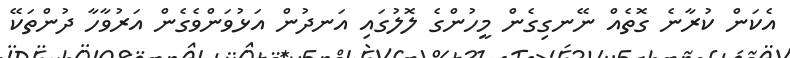
އެކަން ކުރާނެ ގޮތެއް ނޭނގިގެން މީހުންގެ ލޮލުގައި އަނދުން އަޅުވަންވެގެން އަރުވާހާ ދުންތަކޭ